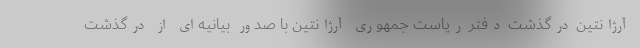
آرژانتین درگذشت دفتر ریاست جمهوری آرژانتین با صدور بیانیه‌ای از درگذشت